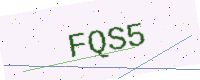
Text: FQS5